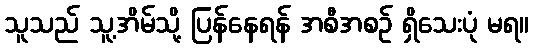
သူသည် သူ့အိမ်သို့ ပြန်နေရန် အစီအစဉ် ရှိသေးပုံ မရ။